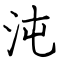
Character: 沌